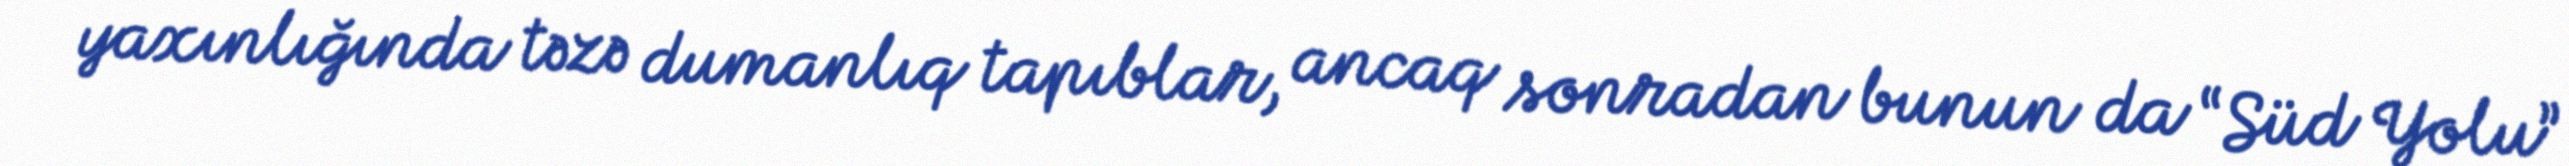
yaxınlığında təzə dumanlıq tapıblar, ancaq sonradan bunun da “Süd Yolu”